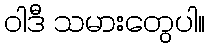
ဝါဒီ သမားတွေပါ။